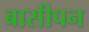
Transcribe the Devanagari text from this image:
बासीपन